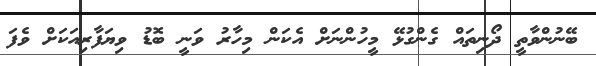
ބޭނުންވާތީ ދޯނިތައް ގެންގުޅޭ މީހުންނަށް އެކަން މިހާރު ވަނީ ބޮޑު ވިޔަފާރިއަކަށް ވެފަ